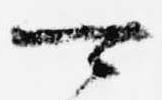
可